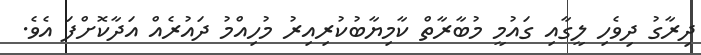
ދިރާގު ދިވެހި ލީގާއި ގައުމީ މުބާރާތް ކާމިޔާބުކުރިއިރު މުހިއްމު ދައުރެއް އަދާކޮށްފަ އެވެ.